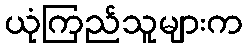
ယုံကြည်သူများက